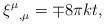
\begin{align*} {\xi^\mu}_{,\mu} = \mp 8\pi k t,\end{align*}